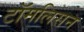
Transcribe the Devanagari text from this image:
टॉमलिसन